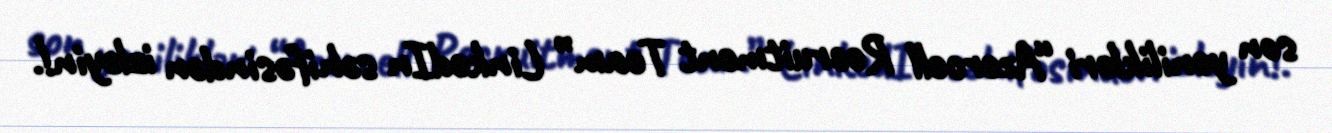
son yenilikləri “Azercell Recruitment Team” LinkedIn səhifəsindən izləyin!.